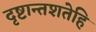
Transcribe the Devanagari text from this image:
दृष्टान्तशतेहि